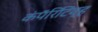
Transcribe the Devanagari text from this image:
कंपॅरिटिव्ह